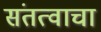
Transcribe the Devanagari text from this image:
संतत्वाचा